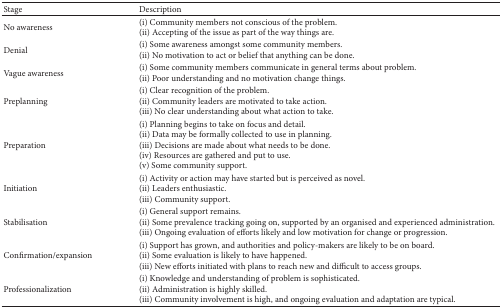
<table><thead><tr><td><b>Stage</b></td><td><b>Description</b></td></tr></thead><tbody><tr><td>No awareness</td><td>(i) Community members not conscious of the problem. (ii) Accepting of the issue as part of the way things are.</td></tr><tr><td>Denial</td><td>(i) Some awareness amongst some community members.(ii) No motivation to act or belief that anything can be done.</td></tr><tr><td>Vague awareness</td><td>(i) Some community members communicate in general terms about problem.(ii) Poor understanding and no motivation change things.</td></tr><tr><td>Preplanning</td><td>(i) Clear recognition of the problem.(ii) Community leaders are motivated to take action.(iii) No clear understanding about what action to take.</td></tr><tr><td>Preparation</td><td>(i) Planning begins to take on focus and detail. (ii) Data may be formally collected to use in planning. (iii) Decisions are made about what needs to be done.(iv) Resources are gathered and put to use. (v) Some community support. </td></tr><tr><td>Initiation</td><td>(i) Activity or action may have started but is perceived as novel. (ii) Leaders enthusiastic. (iii) Community support.</td></tr><tr><td>Stabilisation</td><td>(i) General support remains. (ii) Some prevalence tracking going on, supported by an organised and experienced administration. (iii) Ongoing evaluation of efforts likely and low motivation for change or progression.</td></tr><tr><td>Confirmation/expansion</td><td>(i) Support has grown, and authorities and policy-makers are likely to be on board. (ii) Some evaluation is likely to have happened. (iii) New efforts initiated with plans to reach new and difficult to access groups.</td></tr><tr><td>Professionalization</td><td>(i) Knowledge and understanding of problem is sophisticated. (ii) Administration is highly skilled.(iii) Community involvement is high, and ongoing evaluation and adaptation are typical.</td></tr></tbody></table>